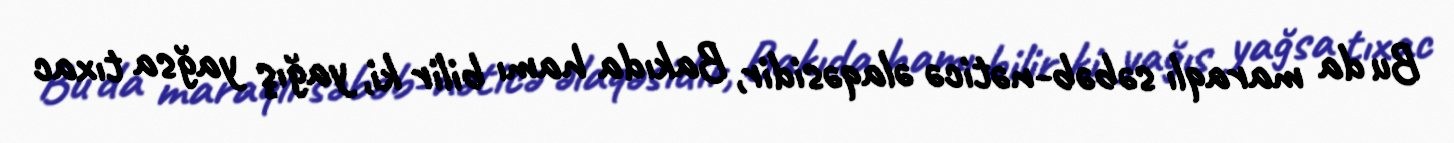
Bu da maraqlı səbəb-nəticə əlaqəsidir, Bakıda hamı bilir ki, yağış yağsa tıxac